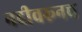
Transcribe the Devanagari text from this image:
नदीवरूनच